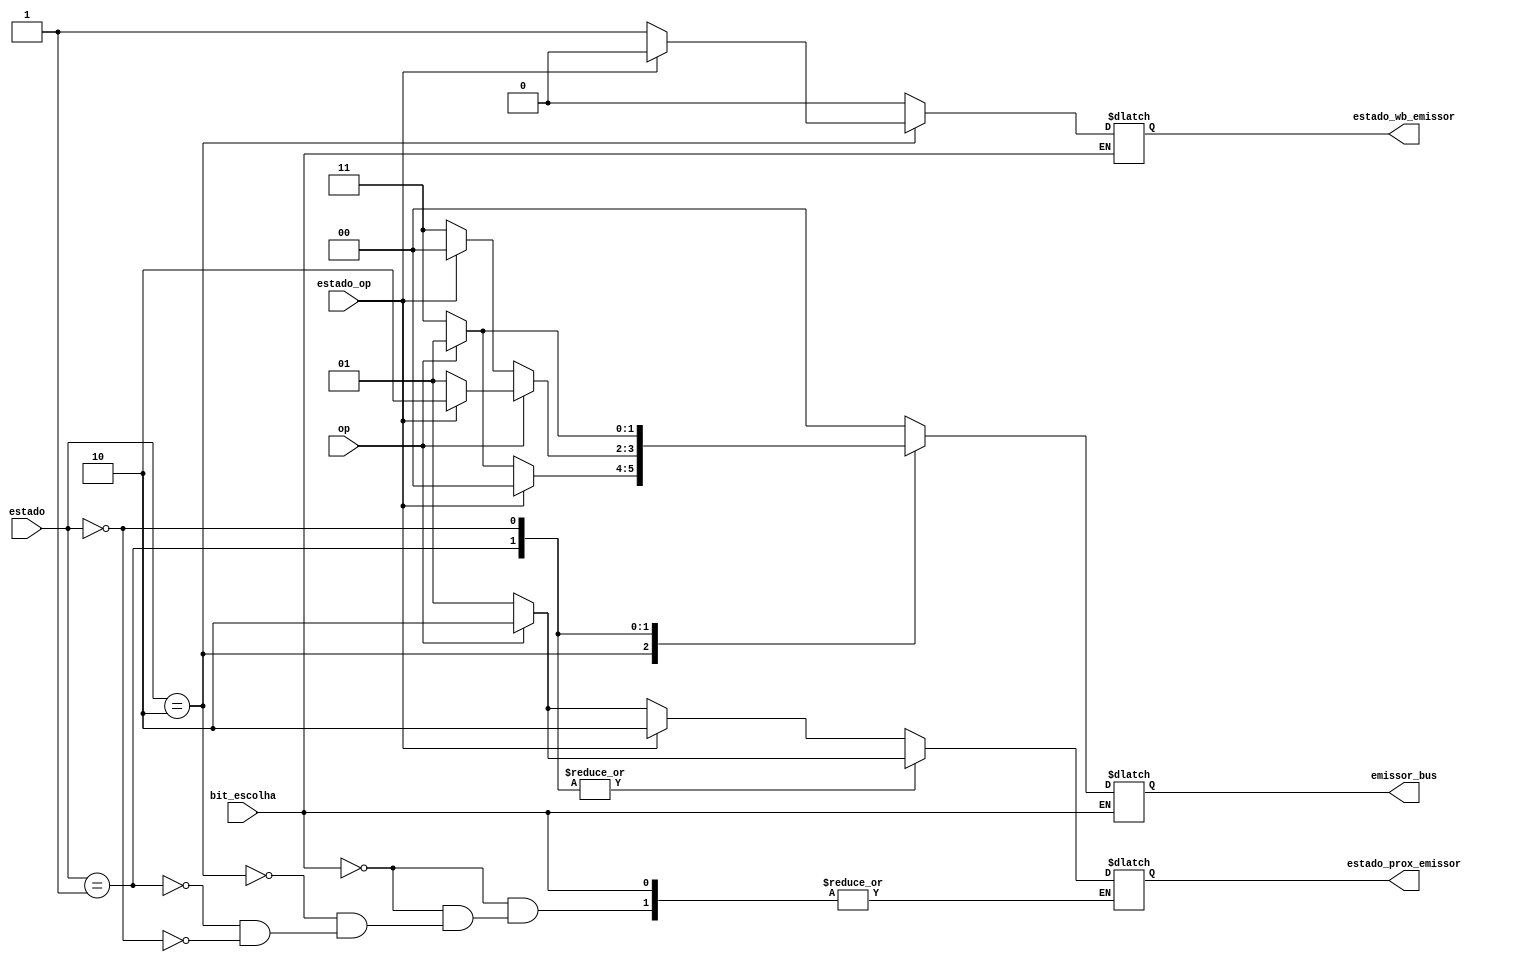
module maq_emissora(bit_escolha, estado, op, estado_op, estado_prox_emissor, estado_wb_emissor, emissor_bus);

input bit_escolha; //escolha qual das maquinas de estado
input [1:0] estado; //estado atual da mauqiona
input op; //leitura ou escrita
input estado_op; //se a op de leitura ou escrita de miss ou hit

output reg [1:0] estado_prox_emissor; //qual o proximo estado?
output reg estado_wb_emissor; //vai ter write-back?
output reg [1:0] emissor_bus; //bus geral que liga todos os processadores

parameter exclusive = 2'b10;
parameter shared   = 2'b01;
parameter invalid  = 2'b00;

parameter read  = 1'b0;
parameter write = 1'b1;

parameter read_miss = 2'b11;
parameter write_miss = 2'b01;
parameter invalidate = 2'b10;

parameter hit = 1'b1;
parameter miss = 1'b0;

always @(op or bit_escolha) begin
	if(bit_escolha == 0) begin
		estado_wb_emissor = 0;
		emissor_bus = 0;

		case(estado)
			exclusive: begin
				if(estado_op == hit) begin
					estado_prox_emissor = exclusive;
				end
				else if (op == read) begin
					estado_prox_emissor = shared;
					estado_wb_emissor = 1'b1;
					emissor_bus = read_miss;
					end
				else if (op == write) begin
					estado_prox_emissor = exclusive;
					estado_wb_emissor = 1'b1;
					emissor_bus = write_miss;
				end
			end

			shared: begin
				if(op == read) begin
					estado_prox_emissor = shared;
					if(estado_op == miss) begin
						emissor_bus = read_miss;
					end
				end
				else if(op == write) begin
					estado_prox_emissor = exclusive;
					if(estado_op == hit) begin
						emissor_bus = invalidate;
					end
					else if(estado_op == miss) begin
						emissor_bus = write_miss;
					end
				end
			end
			invalid: begin
				if(op == read) begin
					estado_prox_emissor = shared;
					emissor_bus = read_miss;
				end
				else if(op == write) begin
					estado_prox_emissor = exclusive;
					emissor_bus = write_miss;
				end
			end
		endcase
	end
end
endmodule

module maq_receptora(bit_escolha, receptor_bus, estado, estado_prox_receptor, estado_wb_receptor, aborta_acesso_mem);

input bit_escolha; //escolha qual das maquinas de estado
input [1:0] receptor_bus; //bus geral que liga todos os processadores
input [1:0] estado; //estado atual da mauqiona

output reg [1:0] estado_prox_receptor; //qual o proximo estado?
output reg estado_wb_receptor; //vai ter write-back?
output reg aborta_acesso_mem;

parameter exclusive = 2'b10;
parameter shared   = 2'b01;
parameter invalid  = 2'b00;

parameter read  = 1'b0;
parameter write = 1'b1;

parameter read_miss = 2'b11;
parameter write_miss = 2'b01;
parameter invalidate = 2'b10;

parameter hit = 1'b1;
parameter miss = 1'b0;


always @(estado or bit_escolha) begin
	if(bit_escolha == 1) begin
		estado_wb_receptor = 0;
		aborta_acesso_mem = 0;
		estado_prox_receptor = estado; //porque no invalido ele mantem

		case(estado)
			exclusive: begin
				if(receptor_bus == write_miss) begin
					aborta_acesso_mem = 1'b1;
					estado_wb_receptor = 1'b1;
					estado_prox_receptor = invalid;
				end
				else if(receptor_bus == read_miss) begin
					estado_prox_receptor = shared;
					aborta_acesso_mem = 1'b1;
					estado_wb_receptor = 1'b1;
				end
			end
			shared: begin
				if(receptor_bus == write_miss) begin
					estado_prox_receptor = invalid;
				end
				else if(receptor_bus == read_miss) begin
					estado_prox_receptor = shared;
				end
				else if(receptor_bus == invalidate) begin
					estado_prox_receptor = invalid;
				end
			end
		endcase
	end
end
endmodule

module Snooping (SW,LEDR,LEDG);

input  [17:0]SW;
output [17:0]LEDR;
output [7:0]LEDG;

wire bit_escolha = SW[0];
wire op = SW[1];
wire estado_op = SW[2];
wire [1:0]estado = SW[4:3];

wire [1:0]emissor_bus;
wire [1:0]estado_prox_emissor;
wire estado_wb_emissor;

wire [1:0] receptor_bus = SW[2:1];
wire aborta_acesso_mem;
wire [1:0]estado_prox_receptor;
wire estado_wb_receptor;

maq_emissora me1(bit_escolha, estado, op, estado_op, estado_prox_emissor, estado_wb_emissor, emissor_bus);
maq_receptora mr1 (bit_escolha, receptor_bus, estado, estado_prox_receptor, estado_wb_receptor, aborta_acesso_mem);

assign LEDG[7:6] = estado;
assign LEDG[5:4] = estado_prox_emissor;
assign LEDG[3:2] = emissor_bus;
assign LEDG[0] = estado_wb_emissor;

assign LEDR[0] = aborta_acesso_mem;
assign LEDR[1] = estado_wb_receptor;
assign LEDR[3:2] = estado_prox_receptor;
assign LEDR[5:4] = estado;
assign LEDR[17] = bit_escolha;

endmodule